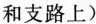
和支路上)